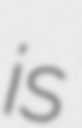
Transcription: is